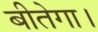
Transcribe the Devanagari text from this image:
बीतेगा।